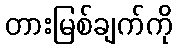
တားမြစ်ချက်ကို